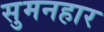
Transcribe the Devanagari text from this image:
सुमनहार